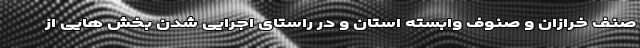
صنف خرازان و صنوف وابسته استان و در راستای اجرایی شدن بخش هایی از